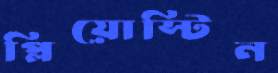
প্লিয়োস্টিন